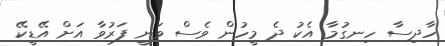
ހާދިސާ ހިނގުމާ އެކު ދެ މީހުން ވެސް ވަނީ ފަރުވާ އަށް އޭޑީކޭ